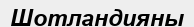
Шотландияны